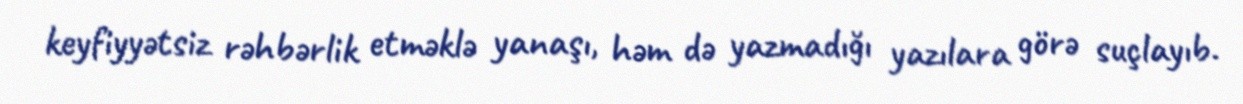
keyfiyyətsiz rəhbərlik etməklə yanaşı, həm də yazmadığı yazılara görə suçlayıb.